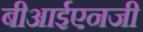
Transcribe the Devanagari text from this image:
बीआईएनजी